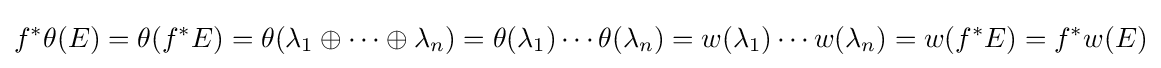
f^{*}\theta (E)=\theta (f^{*}E)=\theta (\lambda _{1}\oplus \cdots \oplus \lambda _{n})=\theta (\lambda _{1})\cdots \theta (\lambda _{n})=w(\lambda _{1})\cdots w(\lambda _{n})=w(f^{*}E)=f^{*}w(E)